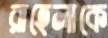
রাহেলাকে